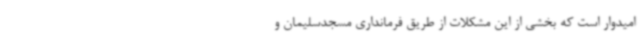
امیدوار است که بخشی از این مشکلات از طریق فرمانداری مسجدسلیمان و